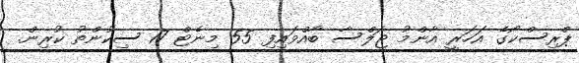
ޕްރިސްކޯގެ އަހަރީ އާންމު ޖަލްސާ ބާއްވައިފި 55 މިނެޓް 17 ސިކުންތު ކުރިން.